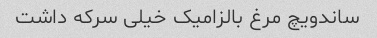
ساندویچ مرغ بالزامیک خیلی سرکه داشت